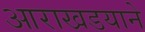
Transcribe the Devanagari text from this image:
आराखडयाने